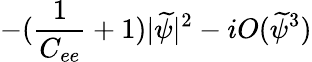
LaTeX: -(\frac{1}{C_{ee}}+1)|\widetilde\psi|^{2}-iO(\widetilde\psi^{3})